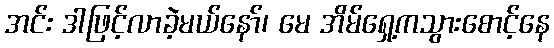
အင်း ဒါဖြင့်လာခဲ့မယ်နော်၊ မေ အိမ်ရှေ့ကသွားစောင့်နေ